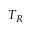
T _ { R }